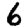
Digit: 6